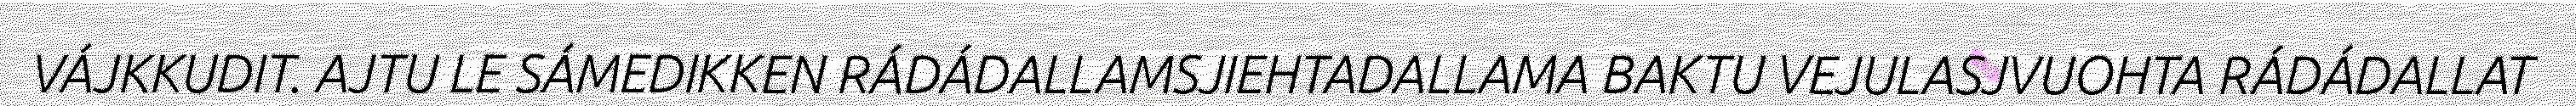
VÁJKKUDIT. AJTU LE SÁMEDIKKEN RÁDÁDALLAMSJIEHTADALLAMA BAKTU VEJULASJVUOHTA RÁDÁDALLAT